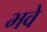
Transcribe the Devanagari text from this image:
भवे